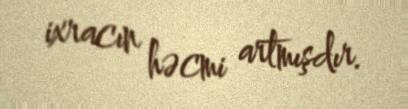
ixracın həcmi artmışdır.